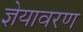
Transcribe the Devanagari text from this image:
ज्ञेयावरण